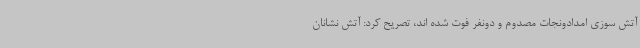
آتش سوزی امدادونجات مصدوم و دونفر فوت شده اند، تصریح کرد: آتش نشانان